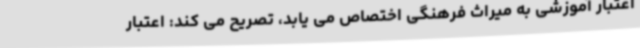
اعتبار آموزشی به میراث فرهنگی اختصاص می یابد، تصریح می کند: اعتبار